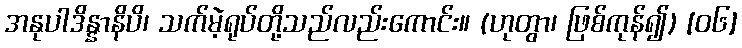
အနုပါဒိန္နာနိပိ၊ သက်မဲ့ရုပ်တို့သည်လည်းကောင်း။ (ဟုတွာ၊ ဖြစ်ကုန်၍) [၀၆]